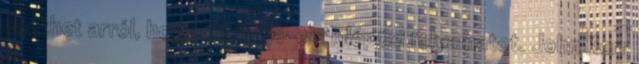
dönthet arról, hogy folytatja-e a kilépési folyamatot. John Kerr